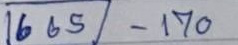
665 - 170